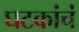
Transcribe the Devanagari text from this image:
घटकांचं